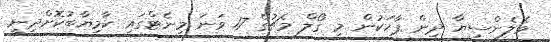
ވެލެންސިޔާ ދިން ޕާހަކުން މި ގޯލް މެޗުގެ 17 ވަނަ މިނެޓްގައި ކާމިޔާބުކޮށްދިނީ